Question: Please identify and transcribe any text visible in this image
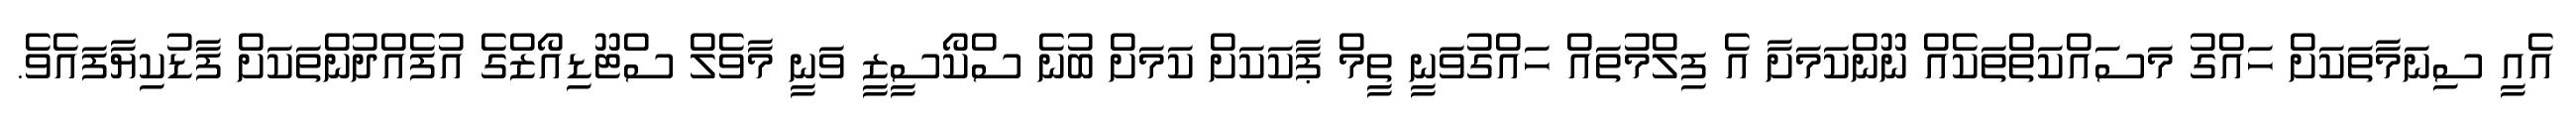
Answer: އެއީ ސިނަމާތަކަށް ހައްގު މަސައްކަތްތަކެއް ނޫންކަމަށާ އެ ފިލްމުތައް ހައްގުވަނީ ތީމް ޕާކަކަށް ކަމަށް ބުނެ ސްކޯސީޒީ ވަނީ މާވެލް ސްޓޫޑިއޯޒްގެ އުފެއްދުންތަކަށް ފާޑުކިޔާފައެވެ.